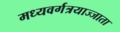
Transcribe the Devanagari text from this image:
मध्यवर्गत्रयाज्जाता